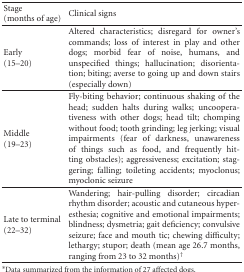
<table><thead><tr><td><b>Stage (months of age)</b></td><td><b>Clinical signs</b></td></tr></thead><tbody><tr><td>Early(15–20)</td><td>Altered characteristics; disregard for owner&#x27;s commands; loss of interest in play and other dogs; morbid fear of noise, humans, and unspecified things; hallucination; disorientation; biting; averse to going up and down stairs (especially down)</td></tr><tr><td>Middle (19–23)</td><td>Fly-biting behavior; continuous shaking of the head; sudden halts during walks; uncooperativeness with other dogs; head tilt; chomping without food; tooth grinding; leg jerking; visual impairments (fear of darkness, unawareness of things such as food, and frequently hitting obstacles); aggressiveness; excitation; staggering; falling; toileting accidents; myoclonus; myoclonic seizure</td></tr><tr><td>Late to terminal (22–32)</td><td>Wandering; hair-pulling disorder; circadian rhythm disorder; acoustic and cutaneous hyperesthesia; cognitive and emotional impairments; blindness; dysmetria; gait deficiency; convulsive seizure; face and mouth tic; chewing difficulty; lethargy; stupor; death (mean age 26.7 months, ranging from 23 to 32 months)<sup>†</sup></td></tr></tbody></table>